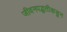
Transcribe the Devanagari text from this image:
जीवनपद्धतीकडून